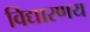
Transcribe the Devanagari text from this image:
विद्यारणय